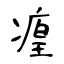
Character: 㾮